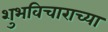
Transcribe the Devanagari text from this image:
शुभविचाराच्या